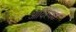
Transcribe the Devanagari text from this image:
आदित्यठ